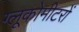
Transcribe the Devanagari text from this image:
ग्लूकोमीटरों